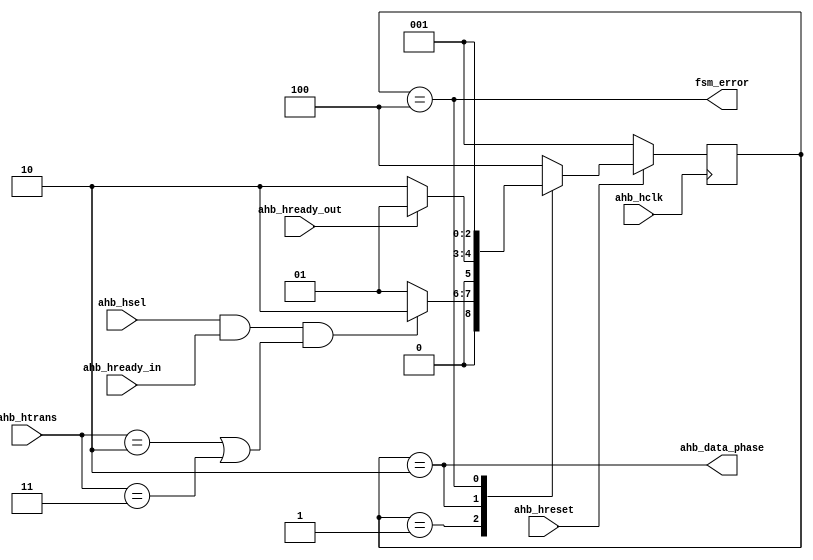
//
//
//

`timescale 1ns / 100ps



module 
  wb_arm_phase_fsm(
    input       ahb_hclk,
    input       ahb_hreset,
    input       ahb_hsel,
    input       ahb_hready_in,
    input       ahb_hready_out,
    input [1:0] ahb_htrans,
    output      ahb_data_phase,
    output      fsm_error
  );

  // -----------------------------
  //  do_transfer if not IDLE or BUSY
  wire do_transfer = (ahb_htrans == 2'b10) | (ahb_htrans == 2'b11);


  // -----------------------------
  //  state machine binary definitions
  parameter IDLE_STATE  = 3'b001;
  parameter DATA_STATE  = 3'b010;
  parameter ERROR_STATE = 3'b100;


  // -----------------------------
  //  state machine flop
  reg [2:0] state;
  reg [2:0] next_state;

  always @(posedge ahb_hclk)
    if(~ahb_hreset)
      state <= IDLE_STATE;
    else
      state <= next_state;


  // -----------------------------
  //  state machine
  always @(*)
    case(state)
      IDLE_STATE:   if( ahb_hsel & ahb_hready_in & do_transfer)
                      next_state <= DATA_STATE;
                    else
                      next_state <= IDLE_STATE;

      DATA_STATE:   if( ahb_hready_out )
                      next_state <= IDLE_STATE;
                    else
                      next_state <= DATA_STATE;

      ERROR_STATE:  next_state <= IDLE_STATE;

      default:      next_state <= ERROR_STATE;

    endcase


  // -----------------------------
  //  outputs
  assign ahb_data_phase = (state == DATA_STATE);
  assign fsm_error      = (state == ERROR_STATE);


endmodule